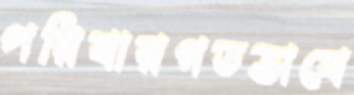
পরিবারগতভাবে